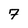
Character: 7